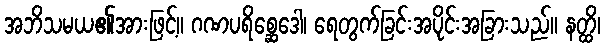
အဘိသမယ၏အားဖြင့်။ ဂဏပရိစ္ဆေဒေါ၊ ရေတွက်ခြင်းအပိုင်းအခြားသည်။ နတ္ထိ၊